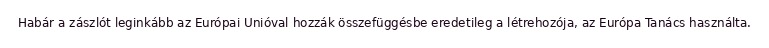
Habár a zászlót leginkább az Európai Unióval hozzák összefüggésbe eredetileg a létrehozója, az Európa Tanács használta.